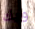
ويك